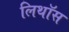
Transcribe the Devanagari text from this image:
लिथॉस